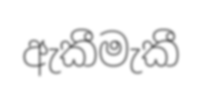
ඇකීමැකී